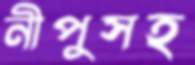
নীপুসহ